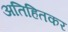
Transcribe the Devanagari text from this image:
अतिहितकर